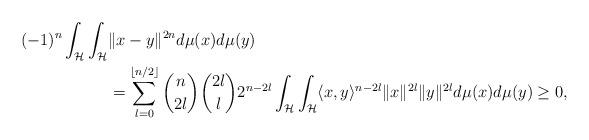
LaTeX: \begin{align*}(-1)^{n}\int_{\mathcal{H}}\int_{\mathcal{H}}&\|x-y\|^{2n}d\mu(x)d\mu(y)\\&= \sum_{l=0}^{ \lfloor n/2 \rfloor} \binom{n}{2l}\binom{2l}{l}2^{n-2l}\int_{\mathcal{H}}\int_{\mathcal{H}} \langle x,y\rangle^{n-2l}\|x\|^{2l}\|y\|^{2l}d\mu(x)d\mu(y) \geq 0,\end{align*}